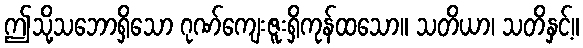
ဤသို့သဘောရှိသော ဂုဏ်ကျေးဇူးရှိကုန်ထသော။ သတိယာ၊ သတိနှင့်။